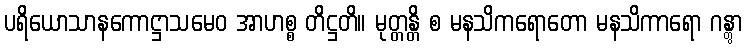
ပရိယောသာနကောဋ္ဌာသမေဝ အာဟစ္စ တိဋ္ဌတိ။ မုတ္တန္တိ စ မနသိကရောတော မနသိကာရော ဂန္တွာ